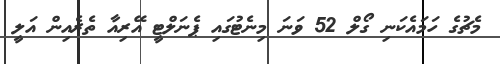
މެޗުގެ ހަމައެކަނި ގޯލް 52 ވަނަ މިނެޓުގައި ޕެނަލްޓީ އޭރިއާ ތެރެއިން އަލީ